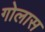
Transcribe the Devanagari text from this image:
गोलास